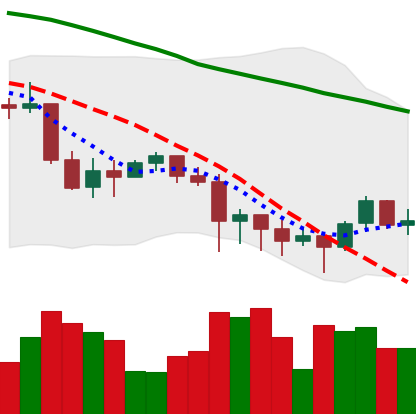
Ticker: XRP-USD
Chart end date: 2022-01-14
Forward return: -4.462%
Label: down_3_5